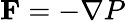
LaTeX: \mathbf{F}=-\nabla P